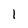
Character: I